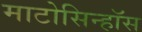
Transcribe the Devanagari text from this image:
माटोसिन्हॉस